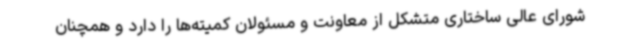
شورای عالی ساختاری متشکل از معاونت و مسئولان کمیته‌ها را دارد و همچنان